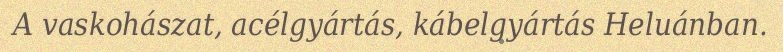
A vaskohászat, acélgyártás, kábelgyártás Heluánban.